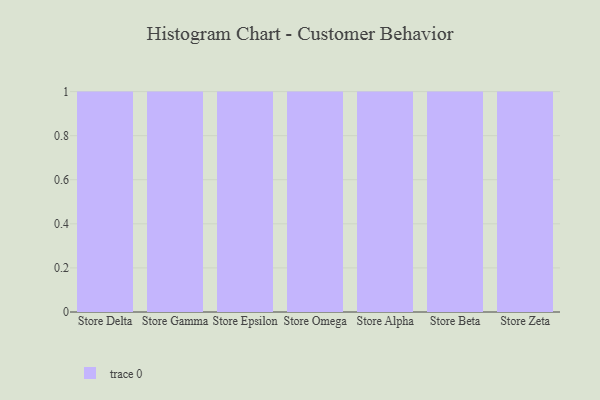
{"axis": {"x": "Store", "y": "Page Views"}, "legend": [""], "data": [{"x": "Store Delta", "y": 26, "type": ""}, {"x": "Store Gamma", "y": 15, "type": ""}, {"x": "Store Epsilon", "y": 3, "type": ""}, {"x": "Store Omega", "y": 59, "type": ""}, {"x": "Store Alpha", "y": 57, "type": ""}, {"x": "Store Beta", "y": 18, "type": ""}, {"x": "Store Zeta", "y": 3, "type": ""}]}